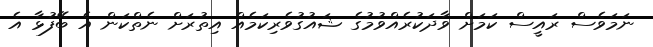
ނަމަވެސް ރައީސް ކަމަށް ވާދަކުރެއްވުމުގެ ޝައުގުވެރިކަމެއް އިތުރަށް ނެތްކަން އެ ބޭފުޅާ އެ